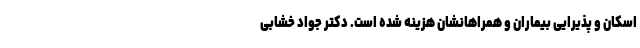
اسکان و پذیرایی بیماران و همراهانشان هزینه شده است. دکتر جواد خشابی